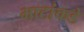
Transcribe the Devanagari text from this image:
भाटांकडे